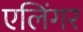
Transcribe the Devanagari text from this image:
एलिंगर